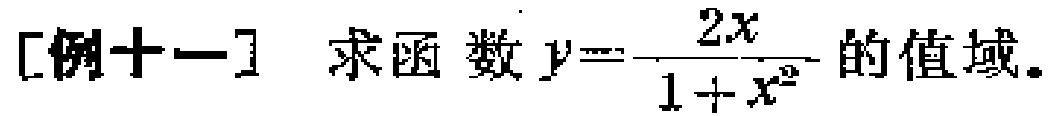
[例十一] 求函数 \(y = \frac{2x}{1 + x^{2}}\) 的值域。